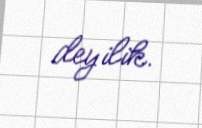
deyilik.